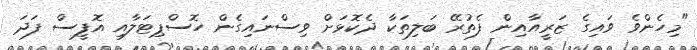
"މިހެންވެ ވައިގެ ޒަރީއާއިން ފެތުރޭ ބަލިތަކާ ދެކޮޅަށް ވިސްނައިގެން ހޮސްޕިޓަލާއި އޮފީސް ފަދަ